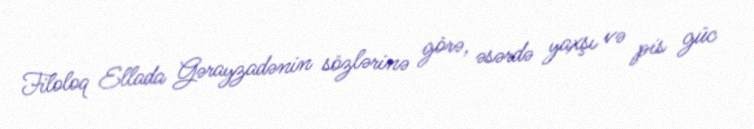
Filoloq Ellada Gərayzadənin sözlərinə görə, əsərdə yaxşı və pis güc